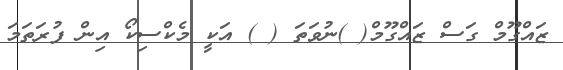
ޒައްގޫމް ގަސް ޒައްގޫމް( )ނުވަތަ ( ) އަކީ މެކްސިކޯ އިން ފުރަތަމަ